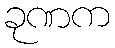
ခုဏက